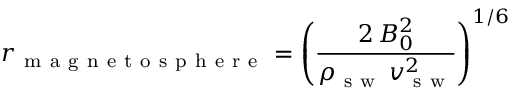
r _ { \mathrm { ~ m ~ a ~ g ~ n ~ e ~ t ~ o ~ s ~ p ~ h ~ e ~ r ~ e ~ } } = \left( \frac { 2 \, B _ { 0 } ^ { 2 } } { \rho _ { \mathrm { ~ s ~ w ~ } } \, v _ { \mathrm { ~ s ~ w ~ } } ^ { 2 } } \right) ^ { 1 / 6 }